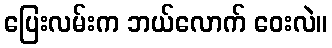
ပြေးလမ်းက ဘယ်လောက် ဝေးလဲ။